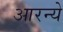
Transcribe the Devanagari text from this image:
आरन्ये